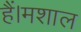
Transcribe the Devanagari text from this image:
हैं।मशाल